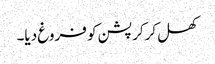
کھل کرکرپشن کو فروغ دیا۔